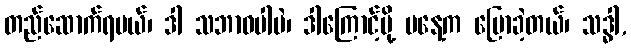
တည်ဆောက်ရမယ်၊ ဒါ သဘာဝပါပဲ၊ ဒါကြောင့်မို့ မနေ့က ပြောခဲ့တယ်၊ သဒ္ဓါ,